NAE_Eesti_seltside_protokollid_1900-1917, lk 8
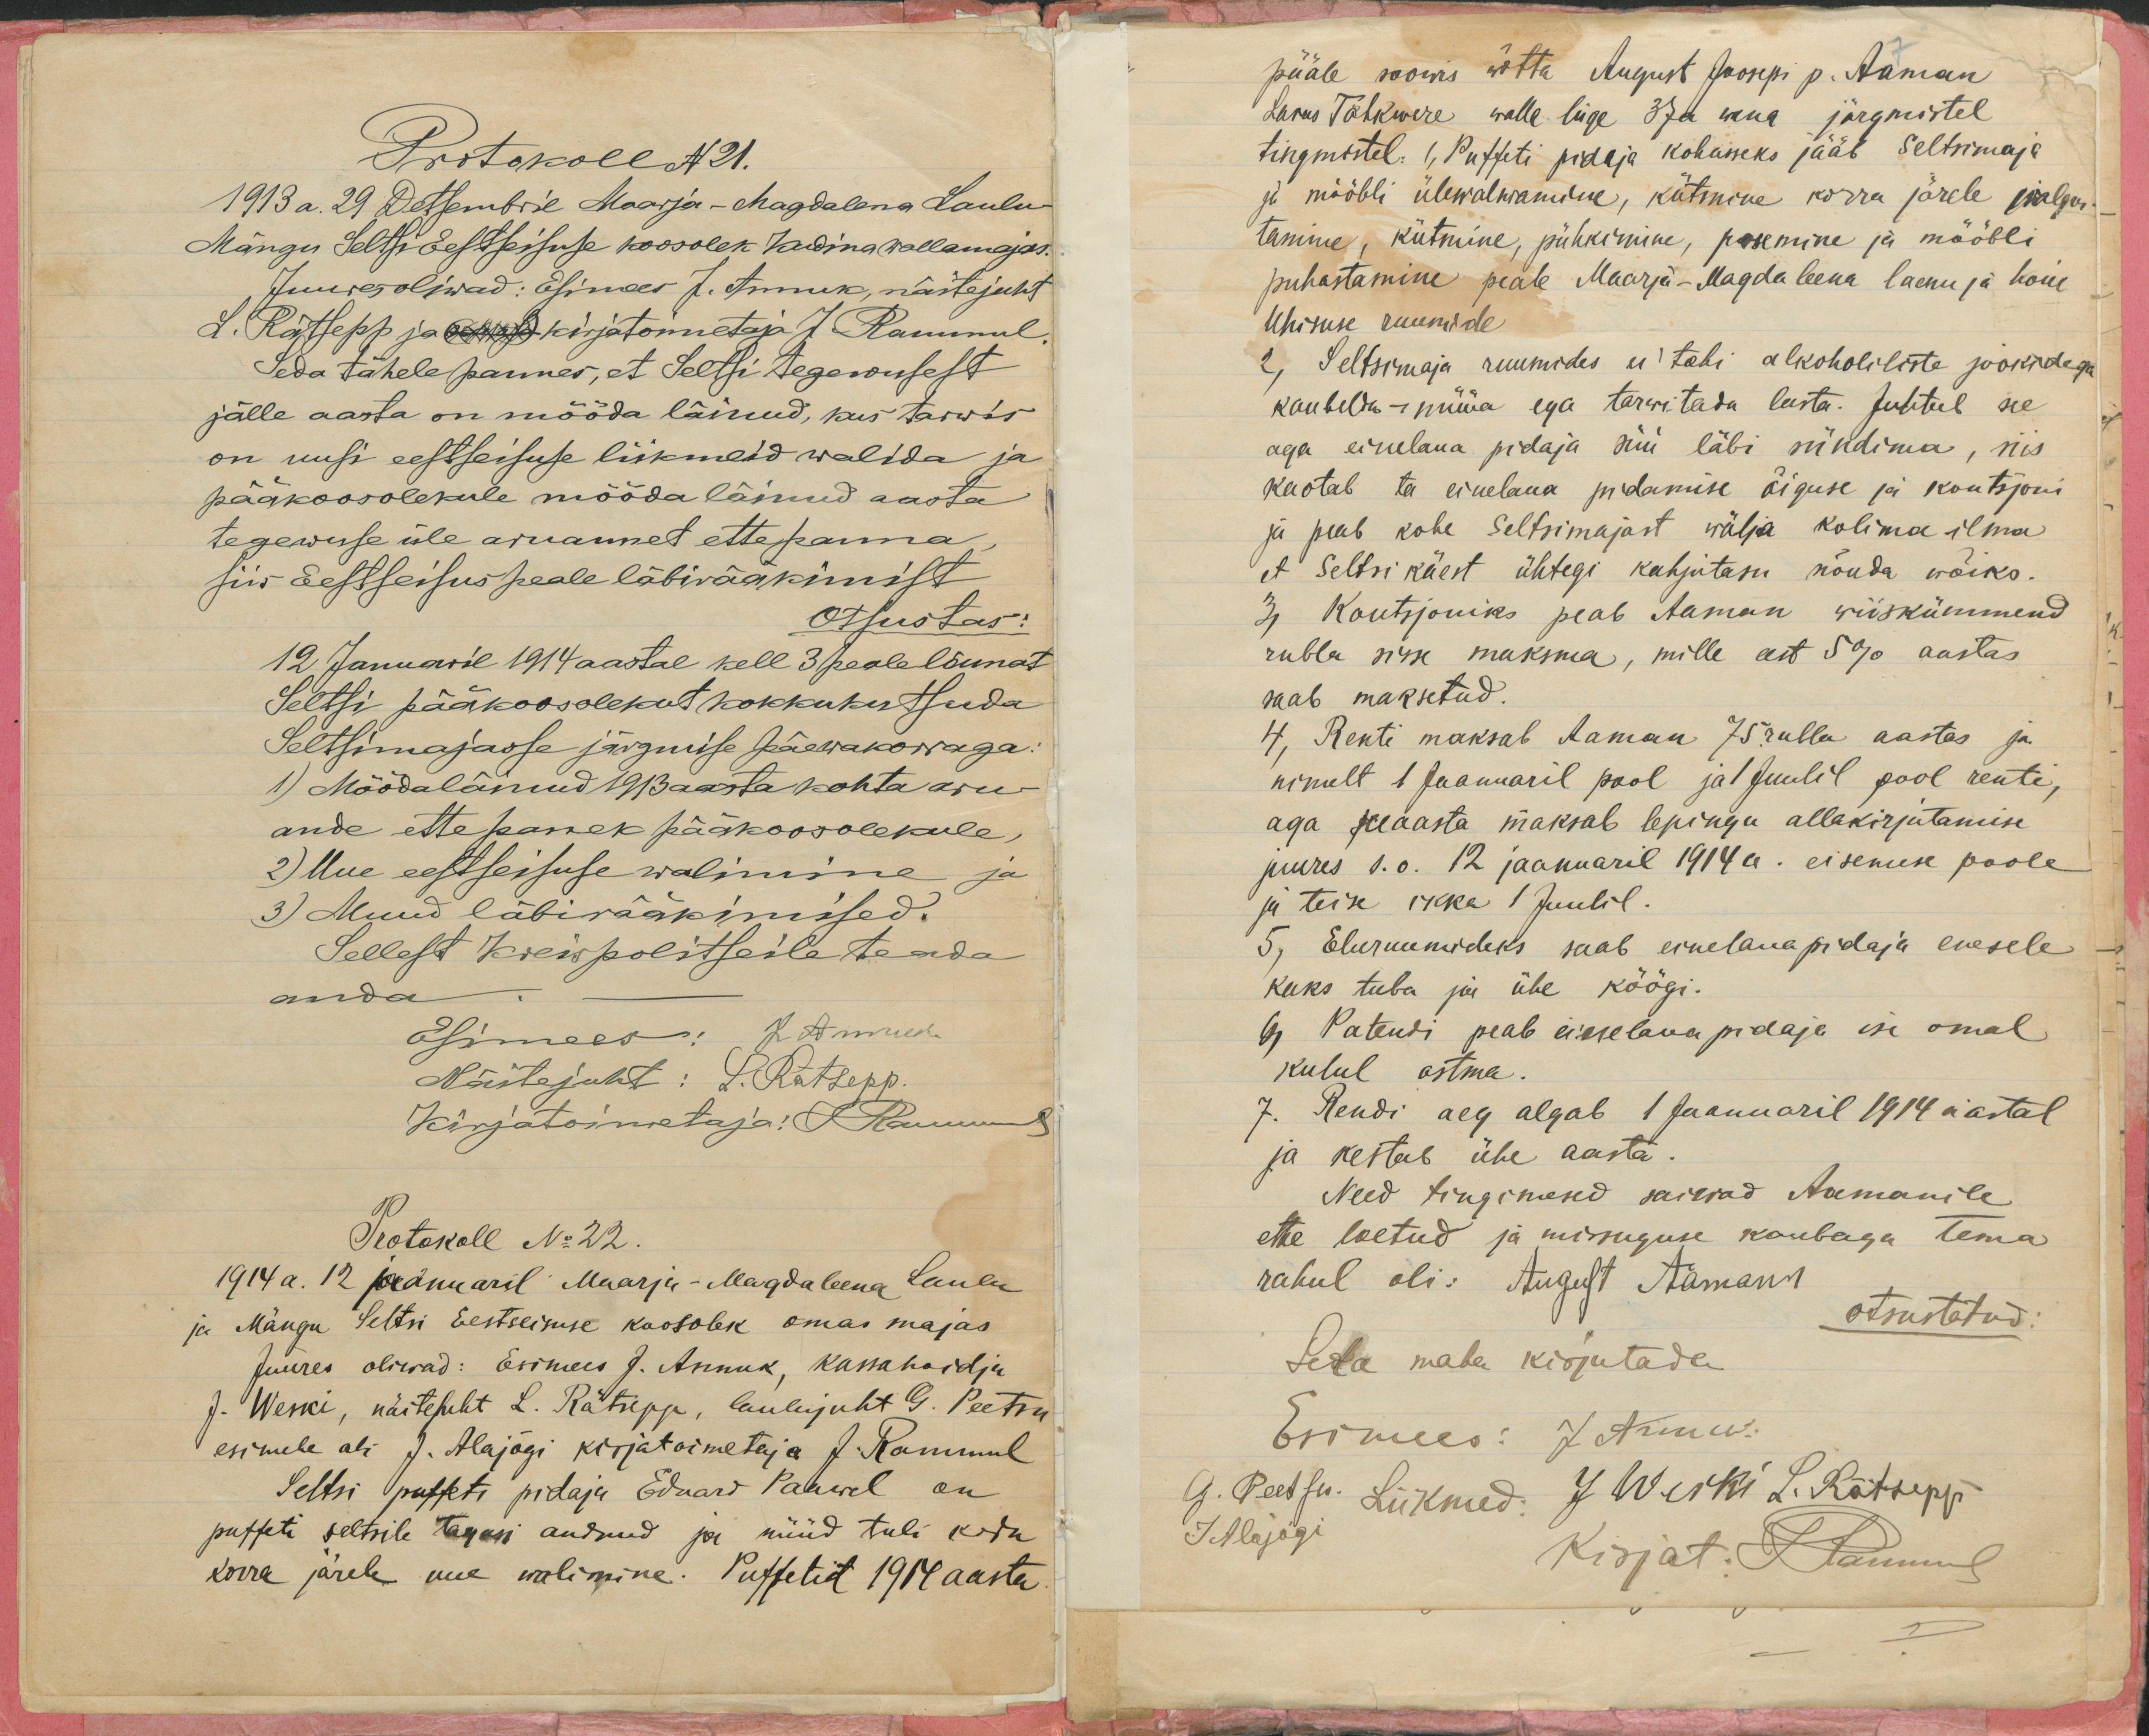
Protokoll N21.
1913 a. 29 Detsembril Maarja-Magdalena Laulu-
Mängu Seltsi Eestseisuse koosolek Kudina wallamajas.
Juures oliwad: Esimees J. Annuk, näitejuht
L. Rätsepp ja (ette) kirjatoimetaja J Rammul.
Seda tähelepannes, et Seltsi tegewusest
jälle aasta on mööda läinud, kus tarwis
on uusi eestseisuse liikmeid walida ja
pääkoosolekule mööda läinud aasta
tegewuse üle aruannet ettepanna,
siis Eestseisus peale läbirääkimist
Otsustas:
12 Januaril 1914 aastal kell 3 pealelõunat
Seltsi pääkoosolekut kokkukutsuda
Seltsimajasse järgmise päewakorraga.
1) Möödaläinud 1913 aasta kohta aru-
ande ettepanek pääkoosolekule,
2) Uue eestseisuse walimine ja
3) Muud läbirääkimised.
Sellest Kreispolitseile teada
anda
Protokoll N:22.
1914 a. 12 jaanuaril Maarja-Magdaleena Laulu
ja Mängu Seltsi Eestseisuse koosolek omas majas
juures oliwad: Esimees J. Annuk, kassahoidja
J. Weski, näitejuht L. Rätsepp, laulujuht G. Peetsu
esimehe abi J. Alajõgi kirjatoimetaja J. Rammul
Seltsi puffeti pidaja Eduard Paawel on
puffeti seltsile tagasi andnud ja nüüd tuli kodu
korra järele uue walimine. Puffetit 1914 aasta

pääle soowis wõtta August Joosepi p. Aaman
Laius Tähkwere walla liige 37a wana järgmistel
tingmistel. 1, Puffeti pidaja kohusseks jääb Seltsimaja
ja mööbli ülewalwamine, kütmine korra järele palgu-
tamine, kütmine, pühkimine, pesemine ja mööbli
puhastamine peale Maarja-Magdaleena laenu ja hoiu
Ühisuse ruumide
2, Seltsimaja ruumides ei tohi alkoholiliste jookidega
kaubelda- müüa ega tarwitada lusta. Juhtub see
aga einelaua pidaja suu läbi sündima, siis
kaotab ta einelaua pidamise õiguse ja koutsjoni
ja peab kohe Seltsimajast wälja kolima ilma
et Seltsi käest ühtegi kahjutasu nõuda wõiks.
3, Koutsjoniks peab Aaman wiiskümmend
rubla sisse maksma, mille eest 5% aastas
saab maksetud.
4, Renti maksab Aaman 75 rubla aastas ja
ainult 1 Jaanuaril pool ja 1 Juulil pool rente,
aga see aasta maksab lepingu allakirjutamise
juures s.o. 12 jaanuaril 1914a. eisemise poole
ja teise ikka 1 Juulil.
5, Eluruumideks saab einelauapidaja enesele
kaks tuba ja ühe köögi.
6, Patendi peab einelauapidaja isi omal
kulul ostma.
Rendi aeg algab 1 Jaanuaril 1914 aastal
ja kestab ühe aasta.
Need tingimesed saiwad Aamanile
ette loetud ja missuguse kaubaga tema
rahul oli. August Aamann
otsustatud.
Seda maha kirjutada